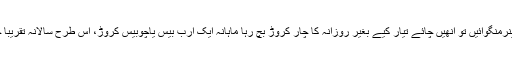
بڑی نامی گرامی چائے فیکٹریاں روزانہ دس کنٹینرمنگوائیں تو انھیں چائے تیار کیے بغیر روزانہ کا چار کروڑ بچ رہا ماہانہ ایک ارب بیس یاچوبیس کروڑ، اس طرح سالانہ تقریباً چودہ ارب چو نسٹھ کروڑ رقوم صرف اور صرف۔